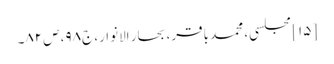
[۱۵] مجلسی، محمد باقر، بحار الانوار، ج‌۹۸، ص‌۸۲۔